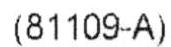
(81109-A)